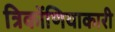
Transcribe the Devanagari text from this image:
त्रिकोंणियाकारी